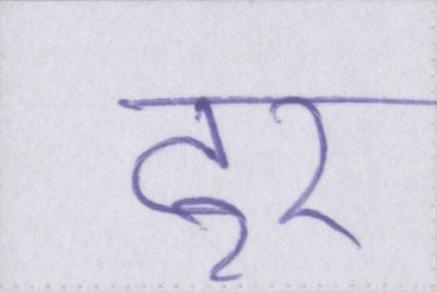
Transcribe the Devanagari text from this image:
टूर